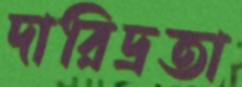
দারিদ্রতা